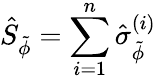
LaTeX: \hat{S}_{\tilde{\phi}}=\sum_{i=1}^{n}\hat{\sigma}_{\tilde{\phi}}^{(i)}